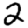
Digit: 2